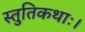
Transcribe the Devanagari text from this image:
स्तुतिकथाः।